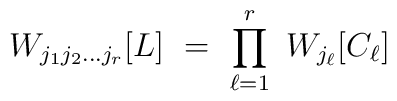
W_{j_1j_2\ldots j_r} [L] \ = \ \prod_{\ell=1}^r \ W_{j_\ell}[C_\ell]